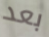
بعد